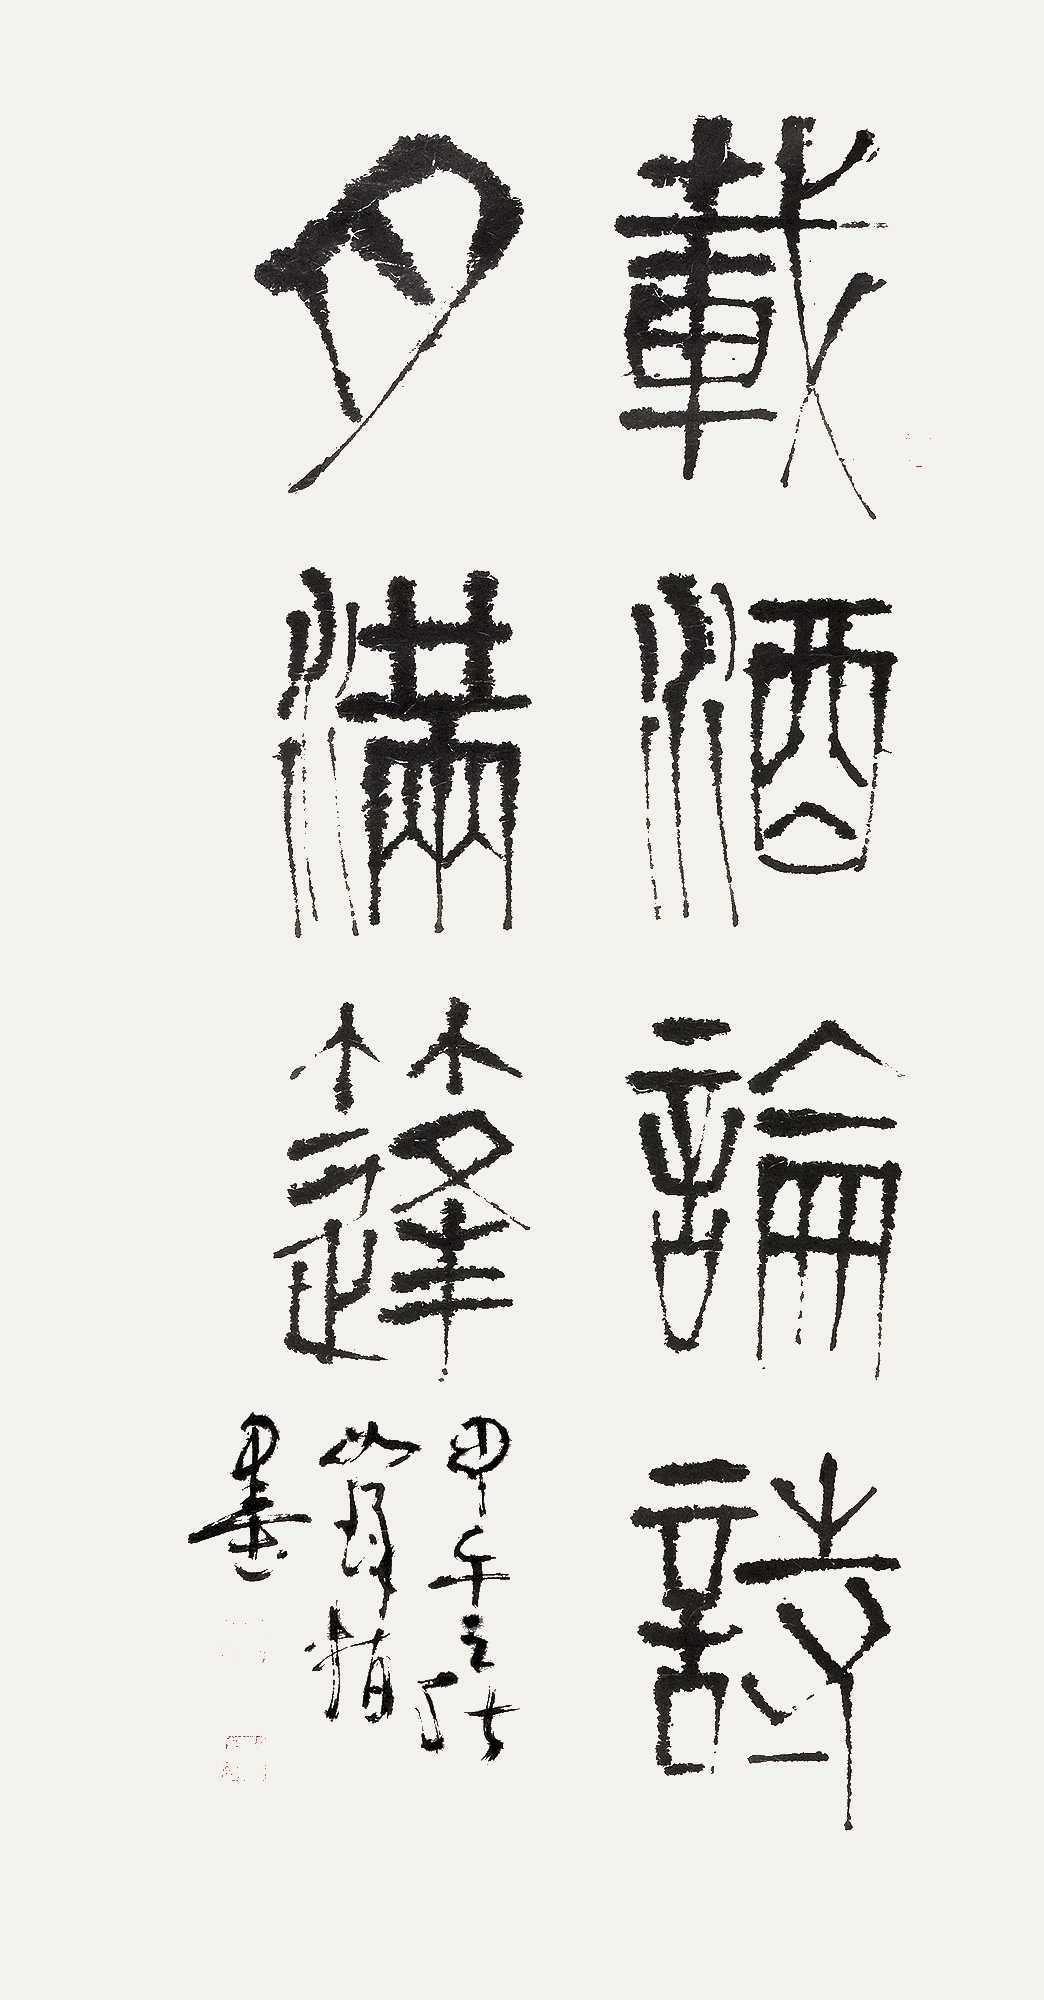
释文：载酒论诗月满蓬。甲午之秋，如琢指墨。